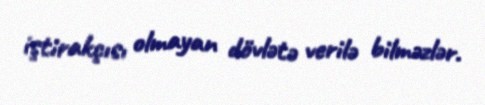
iştirakçısı olmayan dövlətə verilə bilməzlər.